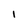
Character: I